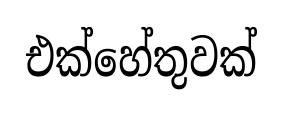
එක්හේතුවක්